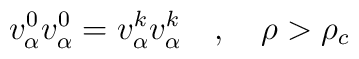
v_{\alpha }^{0}v_{\alpha }^{0}=v_{\alpha }^{k}v_{\alpha }^{k}\quad ,\quad\rho >\rho _{c}\